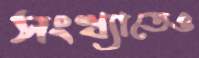
সংখ্যাতেও